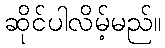
ဆိုင်ပါလိမ့်မည်။